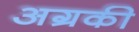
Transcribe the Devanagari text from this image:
अग्रकी